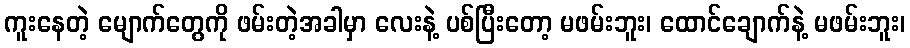
ကူးနေတဲ့ မျောက်တွေကို ဖမ်းတဲ့အခါမှာ လေးနဲ့ ပစ်ပြီးတော့ မဖမ်းဘူး၊ ထောင်ချောက်နဲ့ မဖမ်းဘူး၊